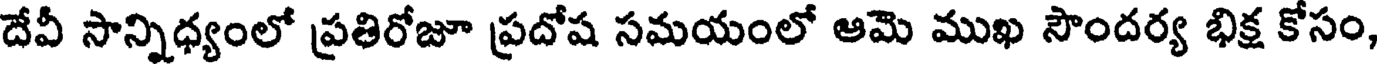
దేవీ సాన్నిధ్యంలో ప్రతిరోజూ ప్రదోష సమయంలో ఆమె ముఖ సౌందర్య భిక్ష కోసం,